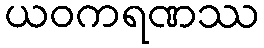
ယဝကရဏဿ